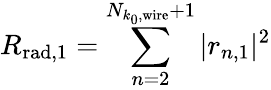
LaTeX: R_{\mathrm{rad},1}=\sum_{n=2}^{N_{k_{0},\mathrm{wire}}+1}|r_{n,1}|^{2}